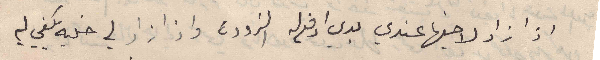
اذا زاد لاخيها عندي بدي ادفع له الزودة واذا زاد لي خليه يكفي لي